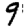
Digit: 9